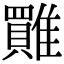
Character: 𩀺